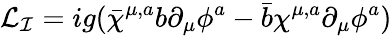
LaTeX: {\cal L_{I}}=ig(\bar{\chi}^{\mu,a}b\partial_{\mu}\phi^{a}-\bar{b}\chi^{\mu,a}\partial_{\mu}\phi^{a})